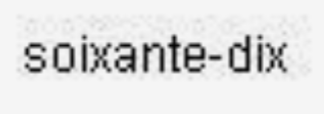
soixante-dix